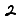
Digit: 2